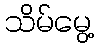
သိမ်မွေ့